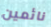
نائمين